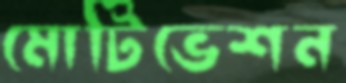
মোটিভেশন